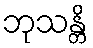
ဘုသန္တိ